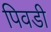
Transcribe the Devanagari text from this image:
पिवडी